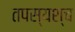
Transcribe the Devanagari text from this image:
तपस्यश्च